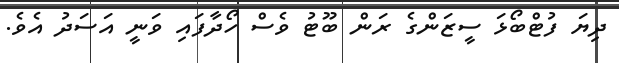
ދިޔަ ފުޓްބޯޅަ ސީޒަންގެ ރަން ބޫޓު ވެސް ހޯދާފައި ވަނީ އަސަދު އެވެ.